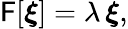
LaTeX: \mathsf{F}[\boldsymbol{\xi}]=\lambda\, \boldsymbol{\xi},